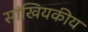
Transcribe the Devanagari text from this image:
सांखियकीय